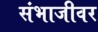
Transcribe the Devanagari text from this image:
संभाजीवर